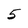
Character: 5